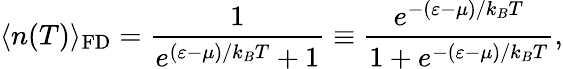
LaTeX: \langle n(T)\rangle_{\mathrm{{FD}}}=\frac{1}{e^{(\varepsilon-\mu)/k_{B}T}+1}\equiv\frac{e^{-(\varepsilon-\mu)/k_{B}T}}{1+e^{-(\varepsilon-\mu)/k_{B}T}},